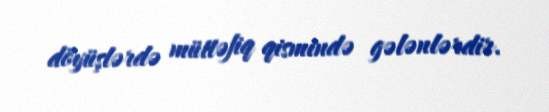
döyüşlərdə müttəfiq qismində gələnlərdir.